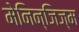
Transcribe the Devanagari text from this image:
मेनिन्जिज्म